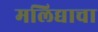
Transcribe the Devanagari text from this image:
मलिद्याचा